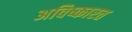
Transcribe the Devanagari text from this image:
अविष्कारत